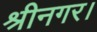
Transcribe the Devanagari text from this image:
श्रीनगर।